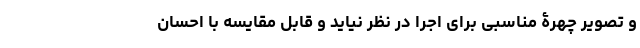
و تصویر چهرۀ مناسبی برای اجرا در نظر نیاید و قابل مقایسه با احسان